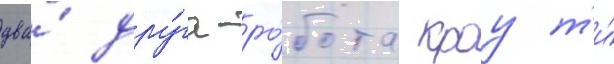
два́ дру́га-ро́бота кроу т'и́